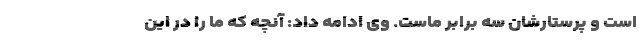
است و پرستارشان سه برابر ماست. وی ادامه داد: آنچه که ما را در این